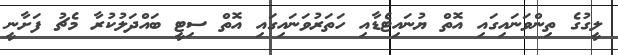
ލީގުގެ ތިންވަނައިގައި އޮތް ޔުނައިޓެޑާއި ހަތަރުވަނައިގައި އޮތް ސިޓީ ބައްދަލުކުރާ މެޗު ފަށާނީ